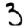
Digit: 3